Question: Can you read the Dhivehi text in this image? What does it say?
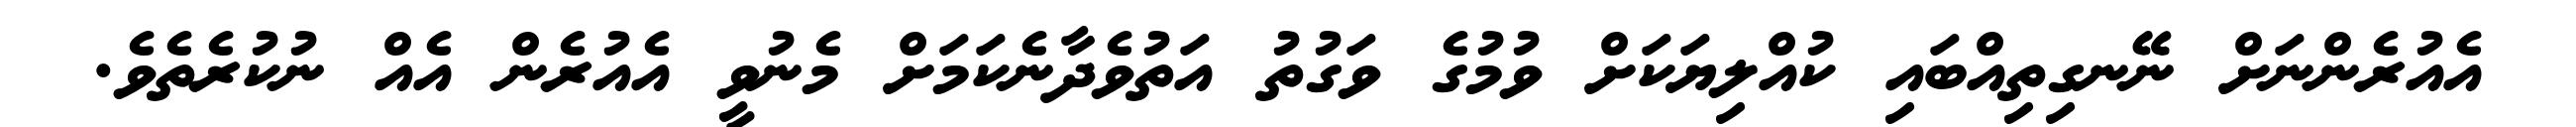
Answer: އެއުރެންނަށް ނޭނގިތިއްބައި ކުއްލިޔަކަށް ވުމުގެ ވަގުތު އަތުވެދާނެކަމަށް މެނުވީ އެއުރެން އެއް ނުކުރެތެވެ.